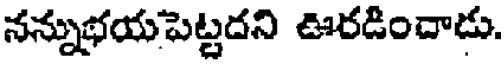
నన్నుభయపెట్టదని ఊరడిందాడు.